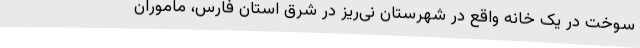
سوخت در یک خانه واقع در شهرستان نی‌ریز در شرق استان فارس، ماموران